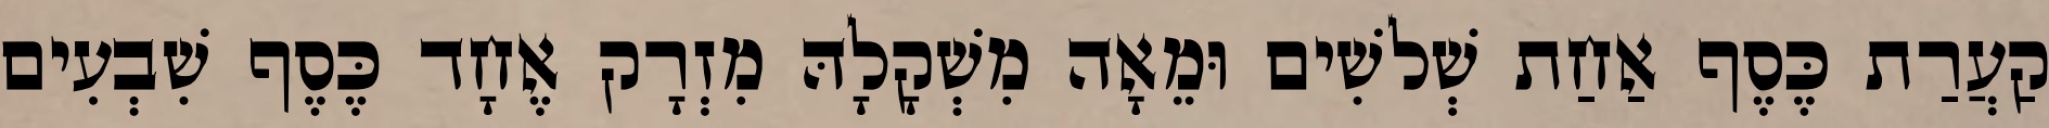
קַעֲרַת כֶּסֶף אַחַת שְׁלשִׁים וּמֵאָה מִשְׁקָלָהּ מִזְרָק אֶחָד כֶּסֶף שִׁבְעִים